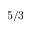
5 / 3